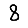
Digit: 8